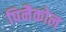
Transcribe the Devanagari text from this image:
पिनैकोल